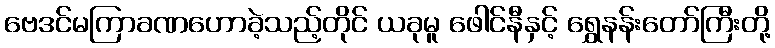
ဗေဒင်မကြာခဏဟောခဲ့သည့်တိုင် ယခုမူ ဖေါင်နီနှင့် ရွှေနန်းတော်ကြီးတို့